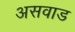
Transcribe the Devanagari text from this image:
असवाड